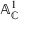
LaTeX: \mathbb { A } _ { \mathbb { C } } ^ { 1 }